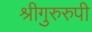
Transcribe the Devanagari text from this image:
श्रीगुरुरुपी